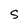
Character: S